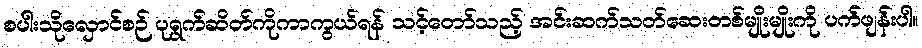
စပါးသိုလှောင်စဉ် ပုရွက်ဆိတ်ကိုကာကွယ်ရန် သင့်တော်သည့် အင်းဆက်သတ်ဆေးတစ်မျိုးမျိုးကို ပက်ဖျန်းပါ။